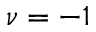
\nu = - 1